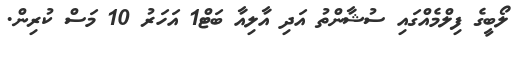
ލޯބީގެ ފިލްމެއްގައި ސުޝާންތު އަދި އާލިއާ ބަޓް1 އަހަރު 10 މަސް ކުރިން.